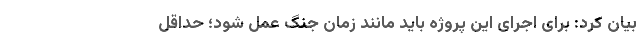
بیان کرد: برای اجرای این پروژه باید مانند زمان جنگ عمل شود؛ حداقل